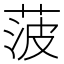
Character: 菠